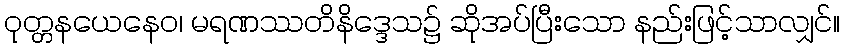
ဝုတ္တနယေနေဝ၊ မရဏဿတိနိဒ္ဒေသ၌ ဆိုအပ်ပြီးသော နည်းဖြင့်သာလျှင်။